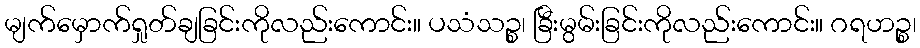
မျက်မှောက်ရှုတ်ချခြင်းကိုလည်းကောင်း။ ပသံသဉ္စ၊ ခြီးမွမ်းခြင်းကိုလည်းကောင်း။ ဂရဟဉ္စ၊